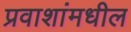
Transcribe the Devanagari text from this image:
प्रवाशांमधील